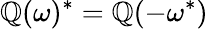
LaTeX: \mathbb{Q}(\omega)^{*}=\mathbb{Q}(-\omega^{*})